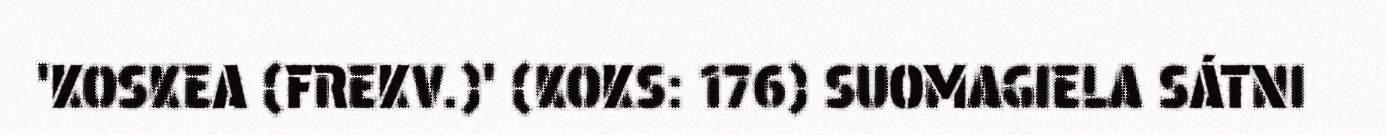
'KOSKEA (FREKV.)' (KOKS: 176) SUOMAGIELA SÁTNI